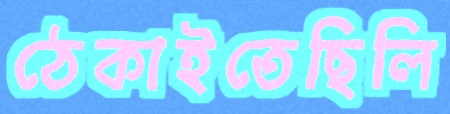
ঠেকাইতেছিলি